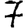
Digit: 7